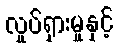
လှုပ်ရှားမှုနှင့်